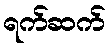
ရက်ဆက်